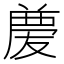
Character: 𠭶